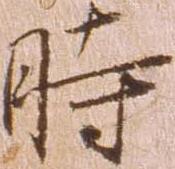
時